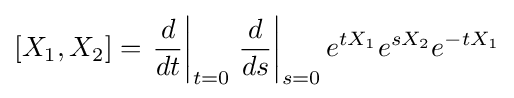
[X_{1},X_{2}]=\left.{\frac {d}{dt}}\right|_{t=0}\left.{\frac {d}{ds}}\right|_{s=0}e^{tX_{1}}e^{sX_{2}}e^{-tX_{1}}